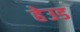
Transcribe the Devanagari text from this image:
हेउड